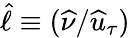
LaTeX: \widehat{\ell}\equiv(\widehat{\nu}/\widehat{u}_{\tau})